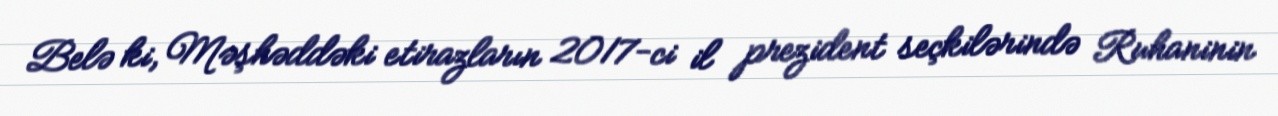
Belə ki, Məşhəddəki etirazların 2017-ci il prezident seçkilərində Ruhaninin